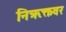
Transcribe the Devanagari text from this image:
निऋक्तवर